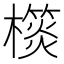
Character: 𣝎